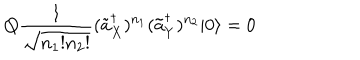
Q \frac { 1 } { \sqrt { n _ { 1 } ! n _ { 2 } ! } } ( \tilde { a } _ { X } ^ { \dagger } ) ^ { n _ { 1 } } ( \tilde { a } _ { Y } ^ { \dagger } ) ^ { n _ { 2 } } | 0 \rangle = 0